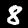
Digit: 8